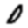
Digit: 0